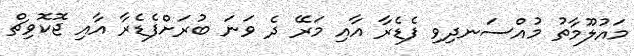
މައުލޫމާތު މުއްސަނދިވި ފެޑެރާ އާއި މަރޭ ދެ ވަނަ ބުރަށްފެޑެރާ އާއި ޖޮކޮވިޗް